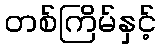
တစ်ကြိမ်နှင့်